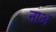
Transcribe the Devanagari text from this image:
नाअ